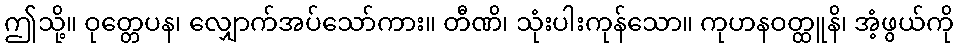
ဤသို့။ ဝုတ္တေပန၊ လျှောက်အပ်သော်ကား။ တီဏိ၊ သုံးပါးကုန်သော။ ကုဟနဝတ္ထူနိ၊ အံ့ဖွယ်ကို